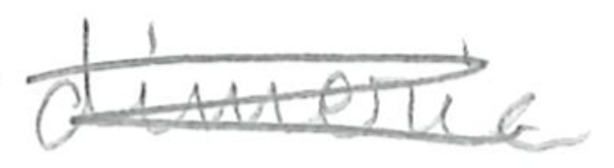
Text: dimeric
Cross-out: scratch
Writing tool: pencil